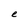
Character: e